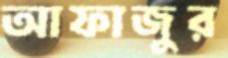
আফাজুর